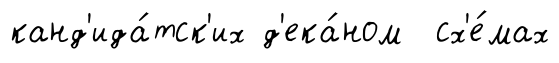
канд'ида́тск'их д'ека́ном сх'е́мах